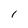
Character: 1